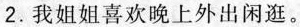
2.我姐姐喜欢晚上外出闲逛。